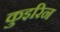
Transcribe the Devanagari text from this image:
कुइरिन